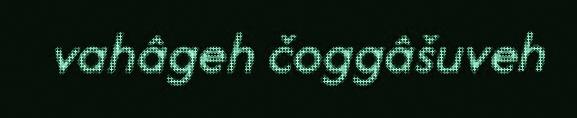
vahâgeh čoggâšuveh